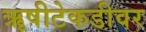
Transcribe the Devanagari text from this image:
ॠषीटेकडीवर